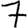
Digit: 7